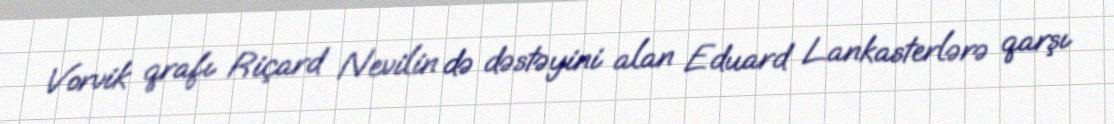
Vorvik qrafı Riçard Nevilin də dəstəyini alan Eduard Lankasterlərə qarşı